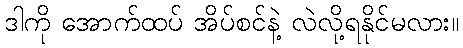
ဒါကို အောက်ထပ် အိပ်စင်နဲ့ လဲလို့ရနိုင်မလား။